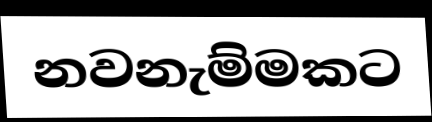
නවනැම්මකට